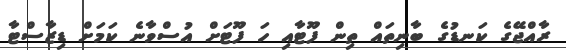
ރާއްޖޭގެ ކަނޑުގެ ބާނިތައް ތިން ފޫޓާއި ހަ ފޫޓަށް އުސްވާނެ ކަމަށް ޑިޒާސްޓާ